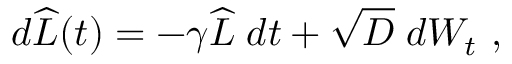
d \widehat { L } ( t ) = - \gamma \widehat { L } \; d t + \sqrt { D } \; d W _ { t } \ ,